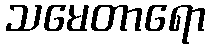
သမေတာရော